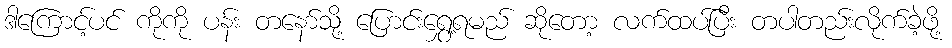
ဒါကြောင့်ပင် ကိုကို ပန်း တနော်သို့ ပြောင်းရွှေ့ရမည် ဆိုတော့ လက်ထပ်ပြီး တပါတည်းလိုက်ခဲ့ဖို့